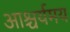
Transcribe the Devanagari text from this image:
आश्चर्यमय